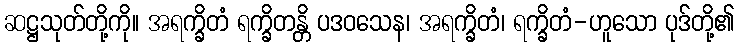
ဆဋ္ဌသုတ်တို့ကို။ အရက္ခိတံ ရက္ခိတန္တိ ပဒဝသေန၊ အရက္ခိတံ၊ ရက္ခိတံ-ဟူသော ပုဒ်တို့၏